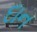
દાન